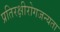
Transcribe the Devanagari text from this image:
प्रतिरक्षीरोगजन्यता